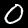
Label: 0